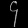
Digit: ၄